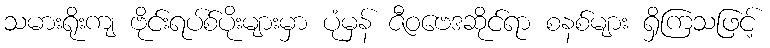
သမားရိုးကျ ဗိုင်းရပ်စ်ပိုးများမှာ ပုံမှန် ဇီဝဗေဒဆိုင်ရာ စနစ်များ ရှိကြသဖြင့်